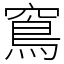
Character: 窵